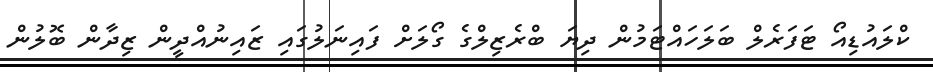
ކްލައުޑިއޯ ޓަފަރެލް ބަލަހައްޓަމުން ދިޔަ ބްރެޒިލްގެ ގޯލަށް ފައިނަލުގައި ޒައިނުއްދީން ޒިދާން ބޮލުން